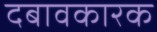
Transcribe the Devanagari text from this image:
दबावकारक